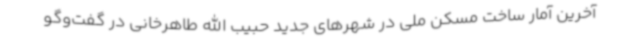
آخرین آمار ساخت مسکن ملی در شهرهای جدید حبیب الله طاهرخانی در گفت‌وگو